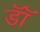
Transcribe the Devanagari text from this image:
डाॅॅ